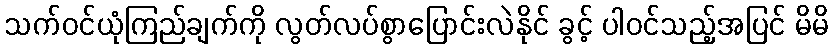
သက်ဝင်ယုံကြည်ချက်ကို လွတ်လပ်စွာပြောင်းလဲနိုင် ခွင့် ပါဝင်သည့်အပြင် မိမိ